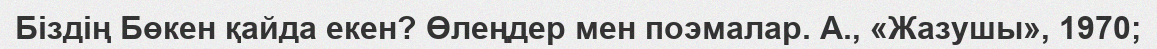
Біздің Бөкен қайда екен? Өлеңдер мен поэмалар. А., «Жазушы», 1970;